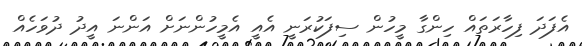
އެފަދަ ފިހާރަތައް ހިންގާ މީހުން ސިފަކުރަނީ އެއީ އެމީހުންނަށް އަންނަ އީދު ދުވަހެއް